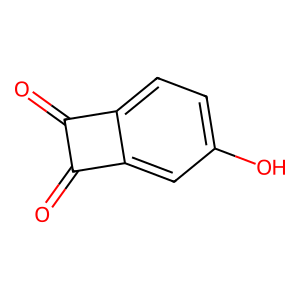
SMILES: O=c1c(=O)c2cc(O)ccc12
Inhibits HIV replication: No